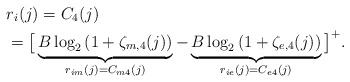
\begin{align*}&r_{i}(j)=C_{4}(j)\\&=\big[\underbrace{B\log_{2}\left(1+\zeta_{m,4}(j)\right)}_{r_{im}(j)=C_{m4}(j)}-\underbrace{B\log_{2}\left(1+\zeta_{e,4}(j)\right)}_{r_{ie}(j)=C_{e4}(j)}\big]^+.\end{align*}